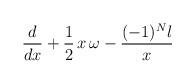
LaTeX: \begin{align*}\frac{d}{dx} + \frac{1}{2}\,x\,\omega - \frac{(-1)^N l}{x}\end{align*}